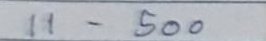
11 - 500